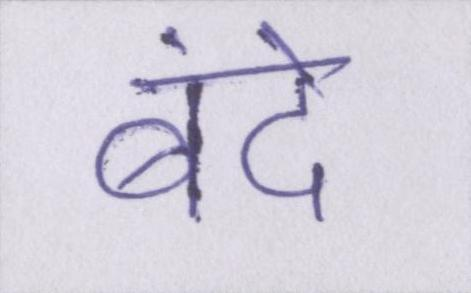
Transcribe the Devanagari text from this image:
बंदे